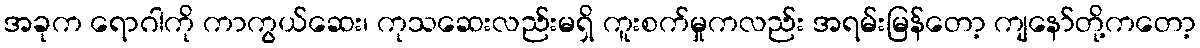
အခုက ရောဂါကို ကာကွယ်ဆေး၊ ကုသဆေးလည်းမရှိ ကူးစက်မှုကလည်း အရမ်းမြန်တော့ ကျနော်တို့ကတော့